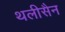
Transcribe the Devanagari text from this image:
थलीसैन